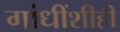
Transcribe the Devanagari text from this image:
गांधींशीही